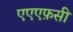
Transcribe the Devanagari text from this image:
एएएफ़सी